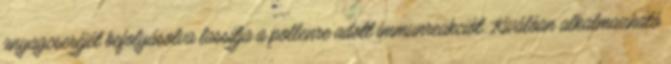
anyagcseréjét befolyásolva lassítja a pollenre adott immunreakciót. Kiválóan alkalmazható